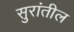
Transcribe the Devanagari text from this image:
सुरांतील